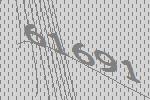
61691